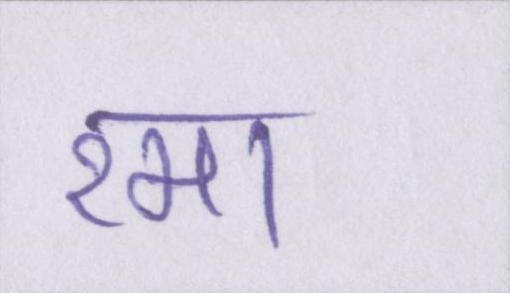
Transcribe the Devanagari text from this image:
रमा